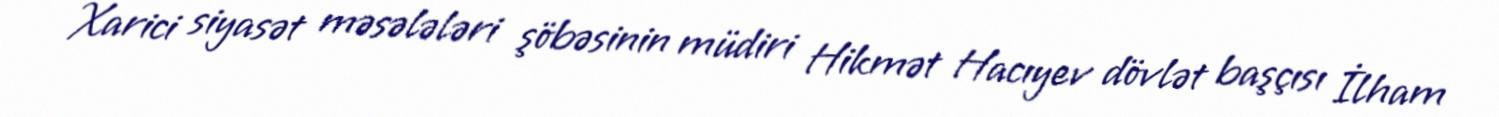
Xarici siyasət məsələləri şöbəsinin müdiri Hikmət Hacıyev dövlət başçısı İlham